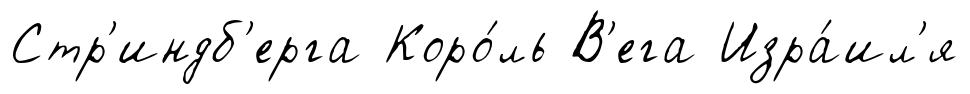
Стр'индб'ерга Коро́ль В'ега Изра́ил'я